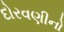
દોરવણીનો